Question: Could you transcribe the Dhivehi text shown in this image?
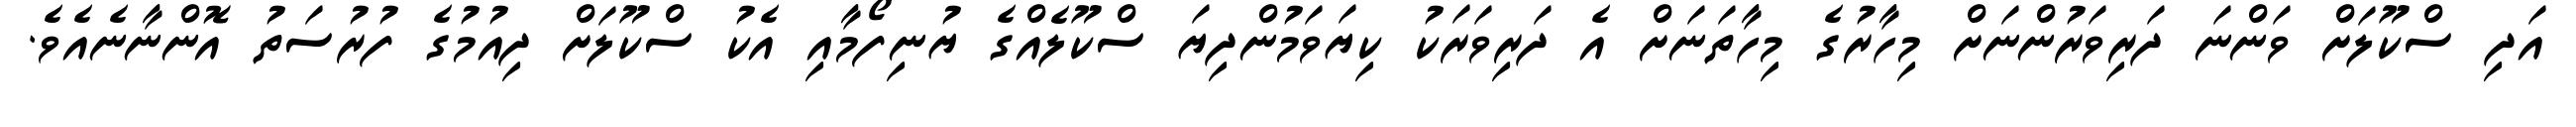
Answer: އަދި ސްކޫލަށް ވަންނަ ދަރިވަރުންނަށް މިހާރުގެ މިހާތަނަށް އެ ދަރިވަރަކު ކިޔަވަމުންދިޔަ ސްކޫލެއްގެ ޔުނިފޯމާއި އެކު ސްކޫލަށް ދިއުމުގެ ފުރުސަތު އޮންނާނެއެވެ.